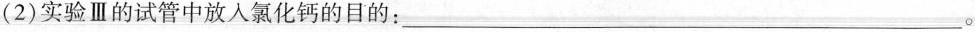
(2)实验Ⅲ的试管中放入氯化钙的目的：___。